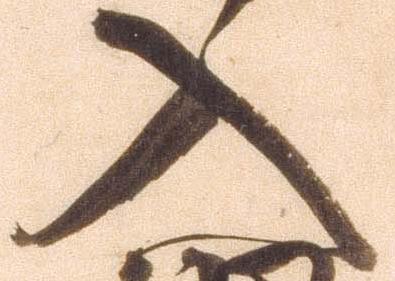
入